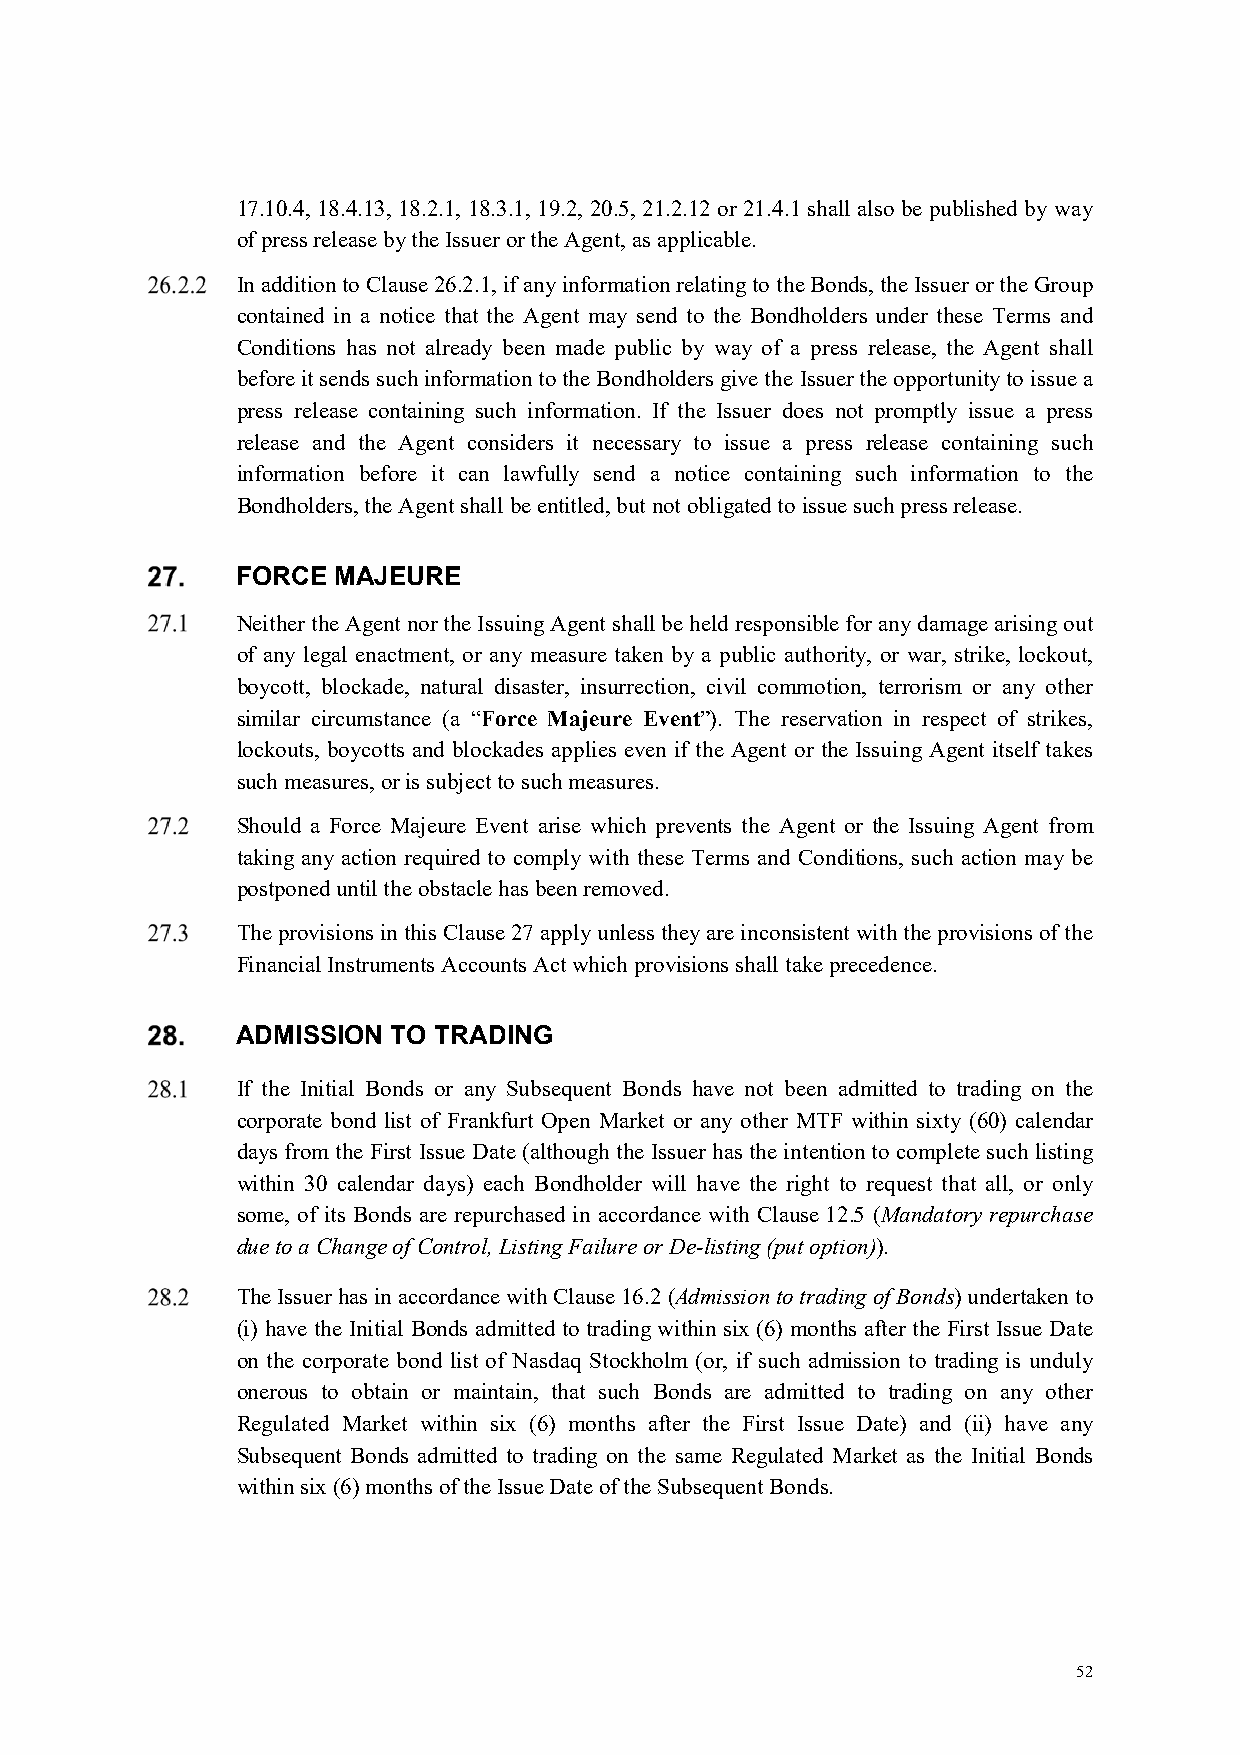
17.10.4, 18.4.13, 18.2.1, 18.3.1, 19.2, 20.5, 21.2.12 or 21.4.1 shall also be published by way
 of press release by the Issuer or the Agent, as applicable.
 In addition to Clause 26.2.1, if any information relating to the Bonds, the Issuer or the Group
 contained in a notice that the Agent may send to the Bondholders under these Terms and
 Conditions has not already been made public by way of a press release, the Agent shall
 before it sends such information to the Bondholders give the Issuer the opportunity to issue a
 press release containing such information. If the Issuer does not promptly issue a press
 release and the Agent considers it necessary to issue a press release containing such
 information before it can lawfully send a notice containing such information to the
 Bondholders, the Agent shall be entitled, but not obligated to issue such press release.
 FORCE MAJEURE
 Neither the Agent nor the Issuing Agent shall be held responsible for any damage arising out
 of any legal enactment, or any measure taken by a public authority, or war, strike, lockout,
 boycott, blockade, natural disaster, insurrection, civil commotion, terrorism or any other
 similar circumstance (a “Force Majeure Event”). The reservation in respect of strikes,
 lockouts, boycotts and blockades applies even if the Agent or the Issuing Agent itself takes
 such measures, or is subject to such measures.
 Should a Force Majeure Event arise which prevents the Agent or the Issuing Agent from
 taking any action required to comply with these Terms and Conditions, such action may be
 postponed until the obstacle has been removed.
 The provisions in this Clause 27 apply unless they are inconsistent with the provisions of the
 Financial Instruments Accounts Act which provisions shall take precedence.
 ADMISSION TO TRADING
 If the Initial Bonds or any Subsequent Bonds have not been admitted to trading on the
 corporate bond list of Frankfurt Open Market or any other MTF within sixty (60) calendar
 days from the First Issue Date (although the Issuer has the intention to complete such listing
 within 30 calendar days) each Bondholder will have the right to request that all, or only
 some, of its Bonds are repurchased in accordance with Clause 12.5 (Mandatory repurchase
 due to a Change of Control, Listing Failure or De-listing (put option)).
 The Issuer has in accordance with Clause 16.2 (Admission to trading of Bonds) undertaken to
 (i) have the Initial Bonds admitted to trading within six (6) months after the First Issue Date
 on the corporate bond list of Nasdaq Stockholm (or, if such admission to trading is unduly
 onerous to obtain or maintain, that such Bonds are admitted to trading on any other
 Regulated Market within six (6) months after the First Issue Date) and (ii) have any
 Subsequent Bonds admitted to trading on the same Regulated Market as the Initial Bonds
 within six (6) months of the Issue Date of the Subsequent Bonds.
 52